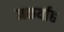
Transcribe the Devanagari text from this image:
जकर्याह